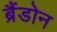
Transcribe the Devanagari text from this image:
ब्रैंडोन